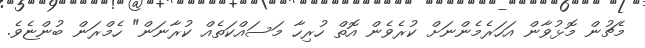
މެޗުން މޮޅުވާން އަހަރެމެންނަށް ކުރެވެން އޮތް ހުރިހާ މަސައްކަތެއް ކުރާނަން" ހެމްރަން ބުންޏެވެ.